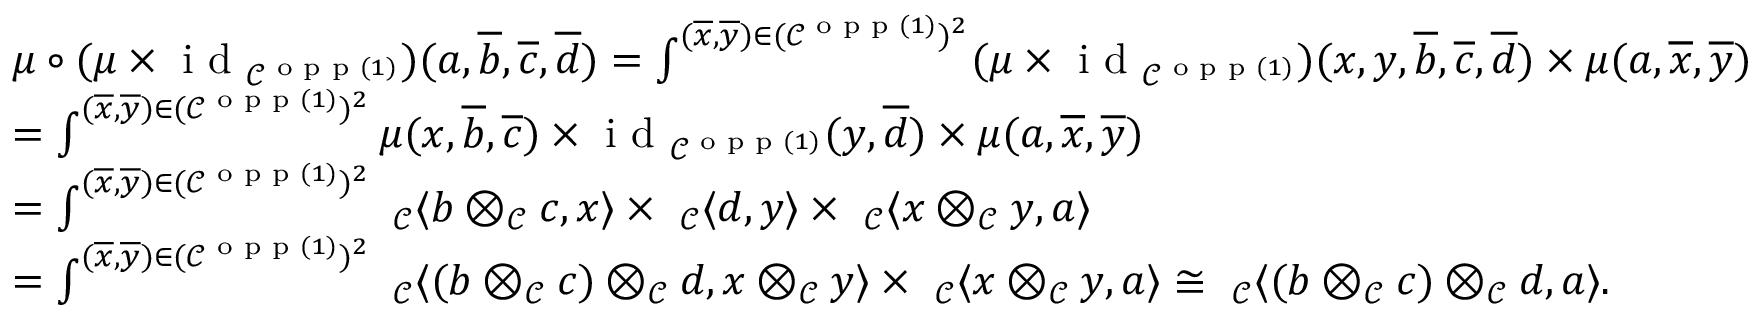
\begin{array} { r l } & { \mu \circ ( \mu \times \textnormal { i d } _ { \mathcal { C } ^ { \textnormal { o p p } ( 1 ) } } ) ( a , \overline { { b } } , \overline { { c } } , \overline { { d } } ) = \int ^ { ( \overline { { x } } , \overline { { y } } ) \in ( \mathcal { C } ^ { \textnormal { o p p } ( 1 ) } ) ^ { 2 } } ( \mu \times \textnormal { i d } _ { \mathcal { C } ^ { \textnormal { o p p } ( 1 ) } } ) ( x , y , \overline { { b } } , \overline { { c } } , \overline { { d } } ) \times \mu ( a , \overline { { x } } , \overline { { y } } ) } \\ & { = \int ^ { ( \overline { { x } } , \overline { { y } } ) \in ( \mathcal { C } ^ { \textnormal { o p p } ( 1 ) } ) ^ { 2 } } \mu ( x , \overline { { b } } , \overline { { c } } ) \times \textnormal { i d } _ { \mathcal { C } ^ { \textnormal { o p p } ( 1 ) } } ( y , \overline { { d } } ) \times \mu ( a , \overline { { x } } , \overline { { y } } ) } \\ & { = \int ^ { ( \overline { { x } } , \overline { { y } } ) \in ( \mathcal { C } ^ { \textnormal { o p p } ( 1 ) } ) ^ { 2 } } \ _ { \mathcal { C } } \langle b \otimes _ { \mathcal { C } } c , x \rangle \times \ _ { \mathcal { C } } \langle d , y \rangle \times \ _ { \mathcal { C } } \langle x \otimes _ { \mathcal { C } } y , a \rangle } \\ & { = \int ^ { ( \overline { { x } } , \overline { { y } } ) \in ( \mathcal { C } ^ { \textnormal { o p p } ( 1 ) } ) ^ { 2 } } \ _ { \mathcal { C } } \langle ( b \otimes _ { \mathcal { C } } c ) \otimes _ { \mathcal { C } } d , x \otimes _ { \mathcal { C } } y \rangle \times \ _ { \mathcal { C } } \langle x \otimes _ { \mathcal { C } } y , a \rangle \cong \ _ { \mathcal { C } } \langle ( b \otimes _ { \mathcal { C } } c ) \otimes _ { \mathcal { C } } d , a \rangle . } \end{array}